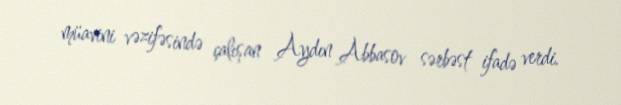
müavini vəzifəsində çalışan Aydın Abbasov sərbəst ifadə verdi.